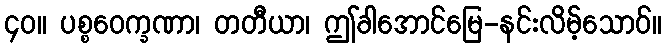
၄၀။ ပစ္စဝေက္ခဏာ၊ တတီယာ၊ ဤခါအောင်မြေ-နင်းလိမ့်သောဝ်။